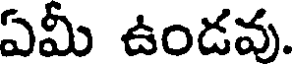
ఏమీ ఉండవు.